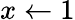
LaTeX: x\gets 1